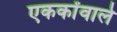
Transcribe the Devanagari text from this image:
एककोंवाले